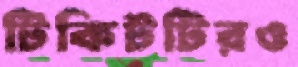
টিকিটটিরও